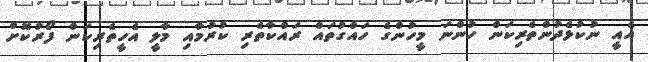
އެއީ ނުކުޅެދުންތެރިކަން ހުންނަ މީހުންގެ ހައްގުތައް ރައްކާތެރި ކުރުމާއި މާލީ އެހީތެރިކަން ފޯރުކޮށް